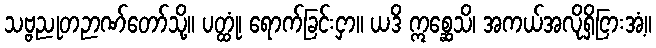
သဗ္ဗညုတဉာဏ်တော်သို့။ ပတ္ထုံ၊ ရောက်ခြင်းငှာ။ ယဒိ ဣစ္ဆေသိ၊ အကယ်အလိုရှိငြားအံ့။